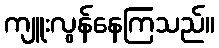
ကျူးလွန်နေကြသည်။